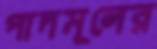
পাদমূলের